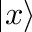
| x \rangle